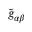
\tilde { g } _ { \alpha \beta }